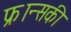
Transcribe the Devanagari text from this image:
फ्रान्सकी